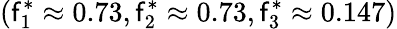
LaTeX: (\mathsf{f}_{1}^{*}\approx0.73,\mathsf{f}_{2}^{*}\approx0.73,\mathsf{f}_{3}^{*}\approx0.147)